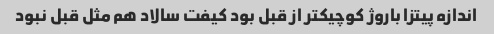
اندازه پیتزا باروژ کوچیکتر از قبل بود کیفت سالاد هم مثل قبل نبود